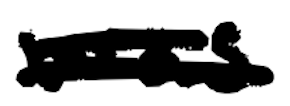
Text: was
Cross-out: mix
Writing tool: digital_black